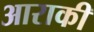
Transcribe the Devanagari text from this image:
आराकी